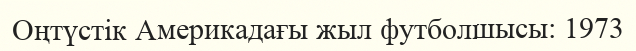
Оңтүстік Америкадағы жыл футболшысы: 1973